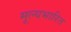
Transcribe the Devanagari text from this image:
मूल्यभारित